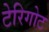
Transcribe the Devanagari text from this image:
टेरिगोट